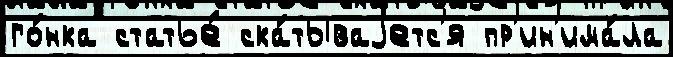
го́нка статье́ ска́тываjетс'я пр'ин'има́ла